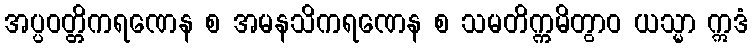
အပ္ပဝတ္တိကရဏေန စ အမနသိကရဏေန စ သမတိက္ကမိတွာဝ ယသ္မာ ဣဒံ